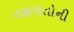
તફાવતોની